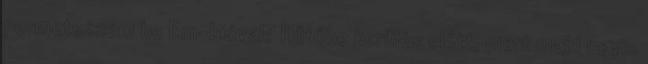
permetezzem be Em-bióval? Hűtőbe kerülés előtt, mert majd úgyis